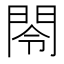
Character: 閝